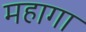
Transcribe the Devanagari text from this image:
महागा